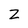
Character: Z